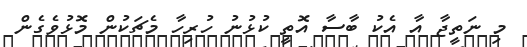
މި ނަތީޖާ އާ އެކު ބާސާ އޮތީ ކުޅުނު ހުރިހާ މެޗަކުން މޮޅުވެގެން